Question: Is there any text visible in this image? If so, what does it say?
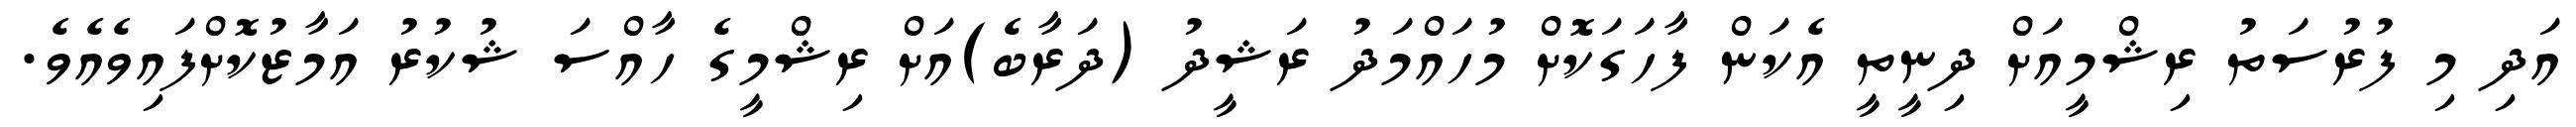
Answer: އަދި މި ފުރުސަތު ރިޝްމީއަށް ދިނީތީ އެކަން ފާހަގަކޮށް މުހައްމަދު ރަޝީދު (ދަރާބެ)އަށް ރިޝްމީގެ ހާއްސަ ޝުކުރު އަމާޒުކޮށްފައިވެއެވެ.